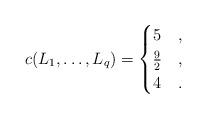
LaTeX: \begin{align*}c(L_1,\ldots, L_q)=\begin{cases}5 &,\\\frac{9}{2} &,\\4 &.\end{cases}\end{align*}